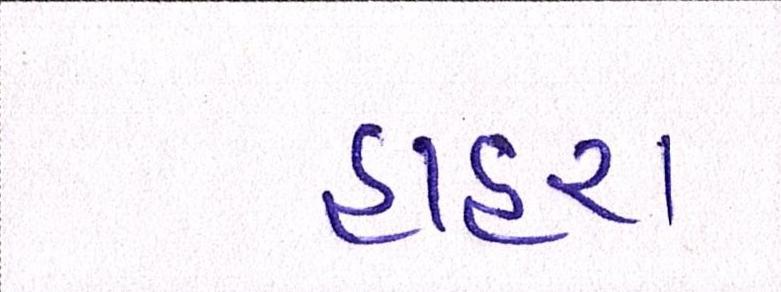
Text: હાહરા